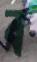
ব